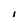
Character: I